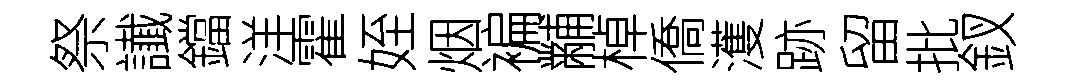
祭䜟鐺洋霍姪烟褊黼棹僑濩跡留批釵